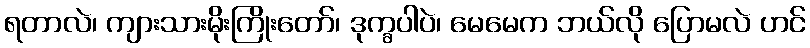
ရတာလဲ၊ ကျားသားမိုးကြိုးတော်၊ ဒုက္ခပါပဲ၊ မေမေက ဘယ်လို ပြောမလဲ ဟင်